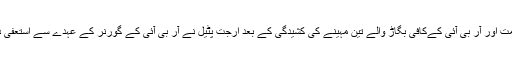
مودی حکومت اور آر بی آئی کےکافی بگاڑ والے تین مہینے کی کشیدگی کے بعد ارجت پٹیل نے آر بی آئی کے گورنر کے عہدے سے استعفی دے دیا ہے۔